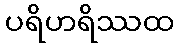
ပရိဟရိဿထ